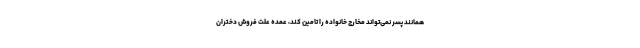
همانند پسر نمی‌تواند مخارج خانواده را تامین کند، عمده علت فروش دختران